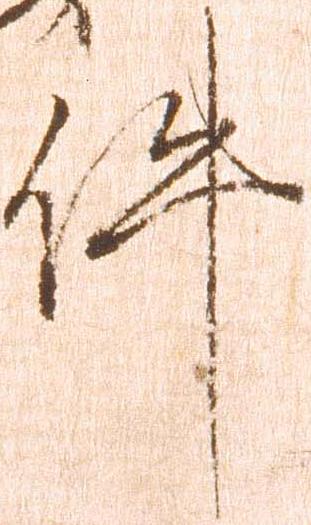
件